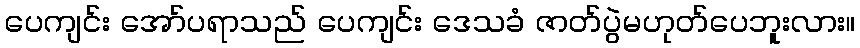
ပေကျင်း အော်ပရာသည် ပေကျင်း ဒေသခံ ဇာတ်ပွဲမဟုတ်ပေဘူးလား။